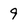
Character: 9